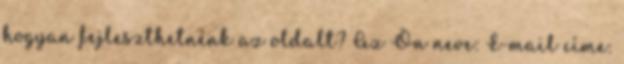
hogyan fejleszthetnénk az oldalt? Az Ön neve: E-mail címe: